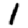
Digit: 1